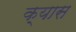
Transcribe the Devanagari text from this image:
क़्यास